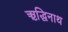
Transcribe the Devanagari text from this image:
ऋद्धिनाथ